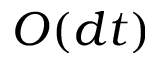
O ( d t )